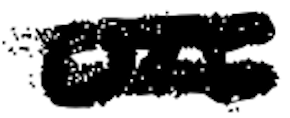
Text: on
Cross-out: double-line
Writing tool: digital_black